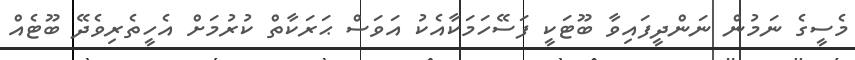
މެސީގެ ނަމުން ނަންދީފައިވާ ބޫޓަކީ ފަސޭހަމަކާއެކު އަވަސް ޙަރަކާތް ކުރުމަށް އެހީތެރިވެދޭ ބޫޓެއް